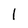
Character: l